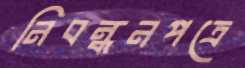
নিবন্ধনপত্রে